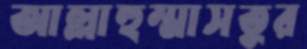
আল্লাহুম্মাসতুর